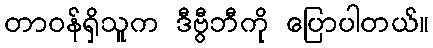
တာဝန်ရှိသူက ဒီဗွီဘီကို ပြောပါတယ်။